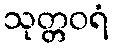
သုတ္တဝရံ